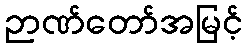
ဉာဏ်တော်အမြင့်